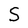
Character: S